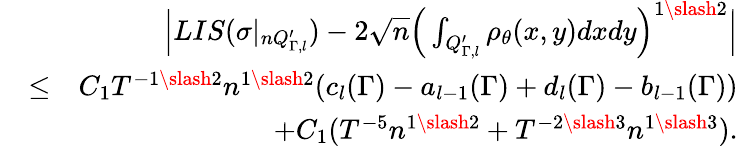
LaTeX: \begin{array}{rlr}&{}&{\Big|LIS(\sigma|_{nQ_{\Gamma,l}^{\prime}})-2\sqrt{n}\Big(\int_{Q_{\Gamma,l}^{\prime}}\rho_{\theta}(x,y)dxdy\Big)^{1\slash 2}\Big|}\\ &{\leq}&{C_{1}T^{-1\slash 2}n^{1\slash 2}(c_{l}(\Gamma)-a_{l-1}(\Gamma)+d_{l}(\Gamma)-b_{l-1}(\Gamma))}\\ &{}&{+C_{1}(T^{-5}n^{1\slash 2}+T^{-2\slash 3}n^{1\slash 3}).}\end{array}